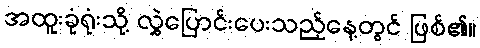
အထူးခုံရုံးသို့ လွှဲပြောင်းပေးသည့်နေ့တွင် ဖြစ်၏။